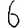
Digit: 6